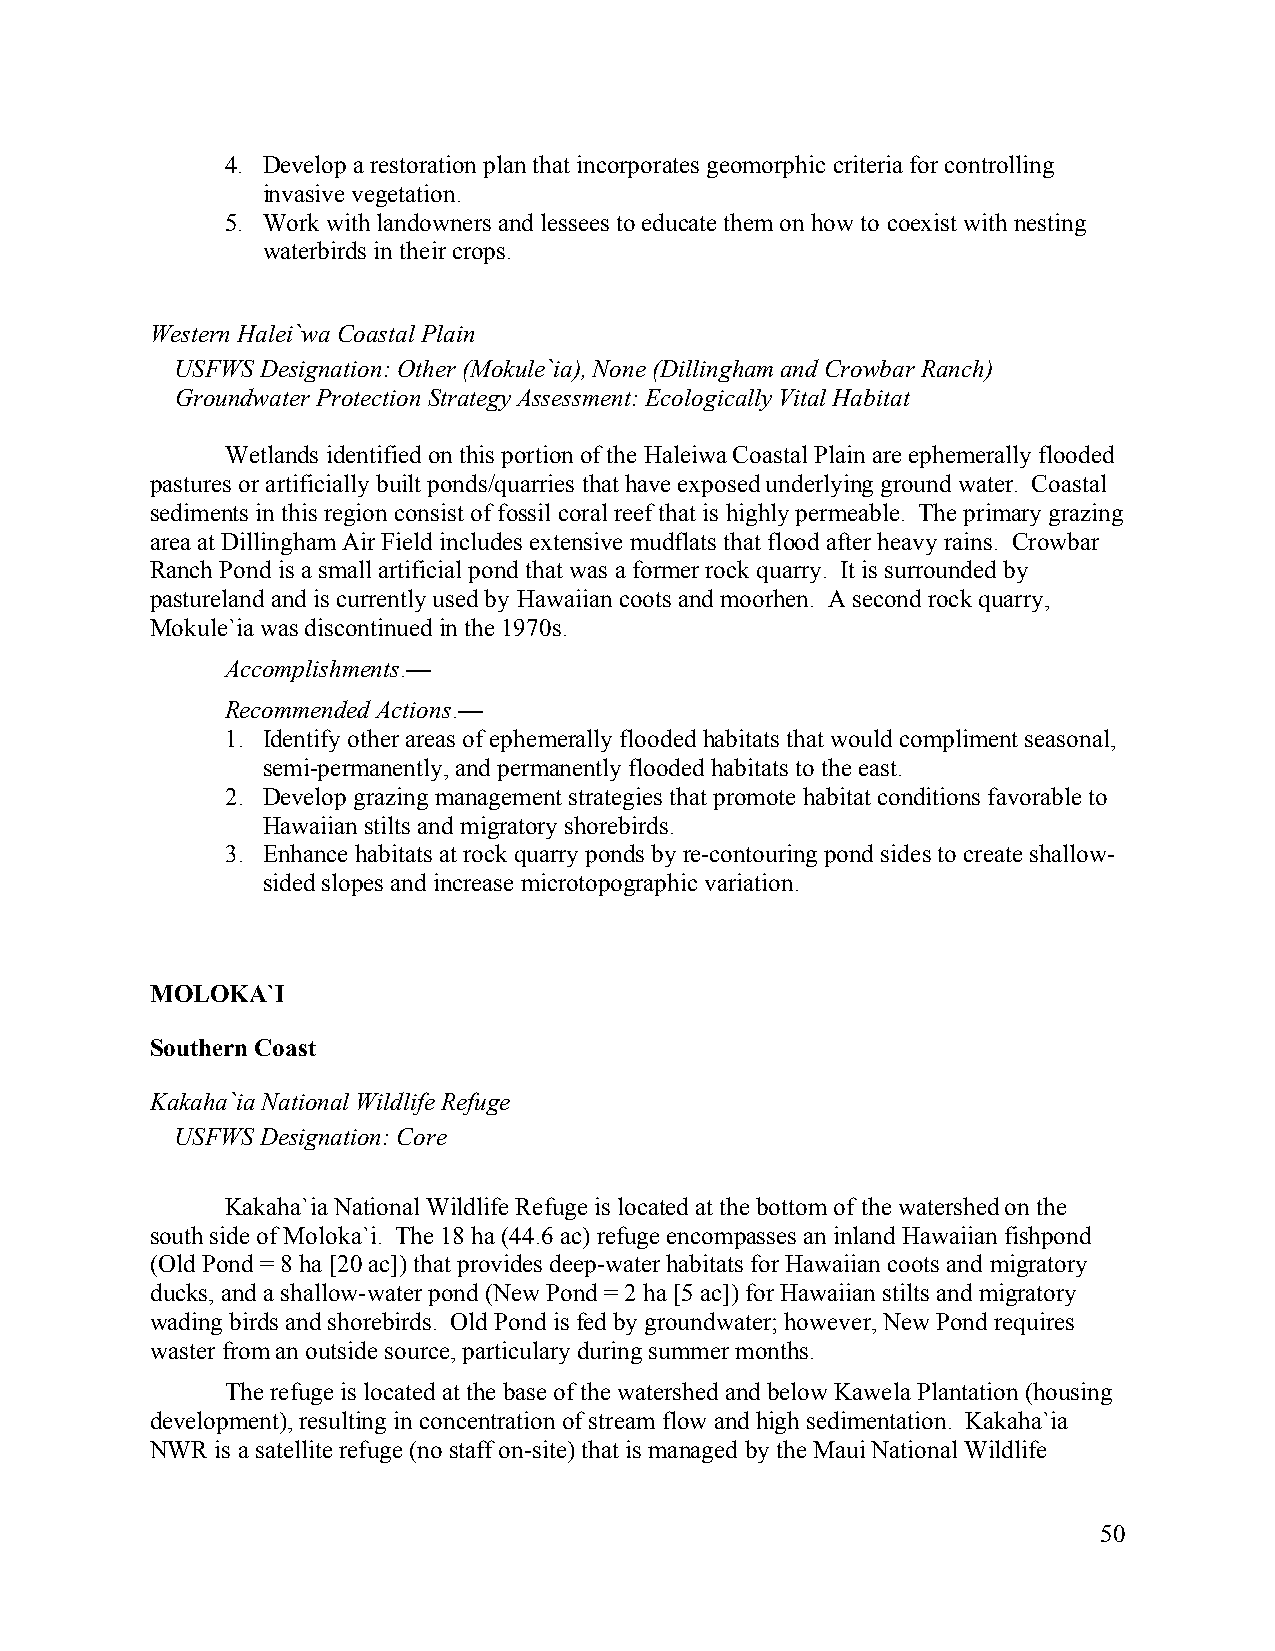
4. Develop a restoration plan that incorporates geomorphic criteria for controlling
 invasive vegetation.
 5. Work with landowners and lessees to educate them on how to coexist with nesting
 waterbirds in their crops.
 Western Halei`wa Coastal Plain
 USFWS Designation: Other (Mokule`ia), None (Dillingham and Crowbar Ranch)
 Groundwater Protection Strategy Assessment: Ecologically Vital Habitat
 Wetlands identified on this portion of the Haleiwa Coastal Plain are ephemerally flooded
 pastures or artificially built ponds/quarries that have exposed underlying ground water. Coastal
 sediments in this region consist of fossil coral reef that is highly permeable. The primary grazing
 area at Dillingham Air Field includes extensive mudflats that flood after heavy rains. Crowbar
 Ranch Pond is a small artificial pond that was a former rock quarry. It is surrounded by
 pastureland and is currently used by Hawaiian coots and moorhen. A second rock quarry,
 Mokule`ia was discontinued in the 1970s.
 Accomplishments.—
 Recommended Actions.—
 1. Identify other areas of ephemerally flooded habitats that would compliment seasonal,
 semi-permanently, and permanently flooded habitats to the east.
 2. Develop grazing management strategies that promote habitat conditions favorable to
 Hawaiian stilts and migratory shorebirds.
 3. Enhance habitats at rock quarry ponds by re-contouring pond sides to create shallow-
 sided slopes and increase microtopographic variation.
 MOLOKA`I
 Southern Coast
 Kakaha`ia National Wildlife Refuge
 USFWS Designation: Core
 Kakaha`ia National Wildlife Refuge is located at the bottom of the watershed on the
 south side of Moloka`i. The 18 ha (44.6 ac) refuge encompasses an inland Hawaiian fishpond
 (Old Pond = 8 ha [20 ac]) that provides deep-water habitats for Hawaiian coots and migratory
 ducks, and a shallow-water pond (New Pond = 2 ha [5 ac]) for Hawaiian stilts and migratory
 wading birds and shorebirds. Old Pond is fed by groundwater; however, New Pond requires
 waster from an outside source, particulary during summer months.
 The refuge is located at the base of the watershed and below Kawela Plantation (housing
 development), resulting in concentration of stream flow and high sedimentation. Kakaha`ia
 NWR is a satellite refuge (no staff on-site) that is managed by the Maui National Wildlife
 50